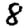
Digit: 8